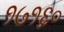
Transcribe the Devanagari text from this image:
१७१६०